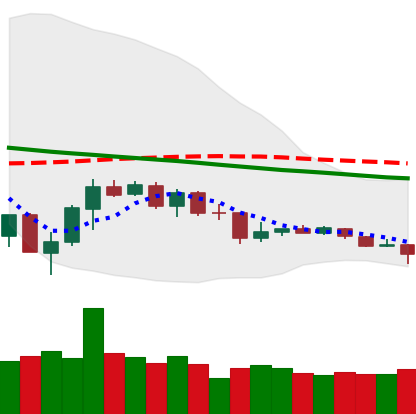
Ticker: TRX-USD
Chart end date: 2019-12-12
Forward return: -9.984%
Label: down_7plus